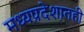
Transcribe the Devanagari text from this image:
मध्यप्रदेशातही